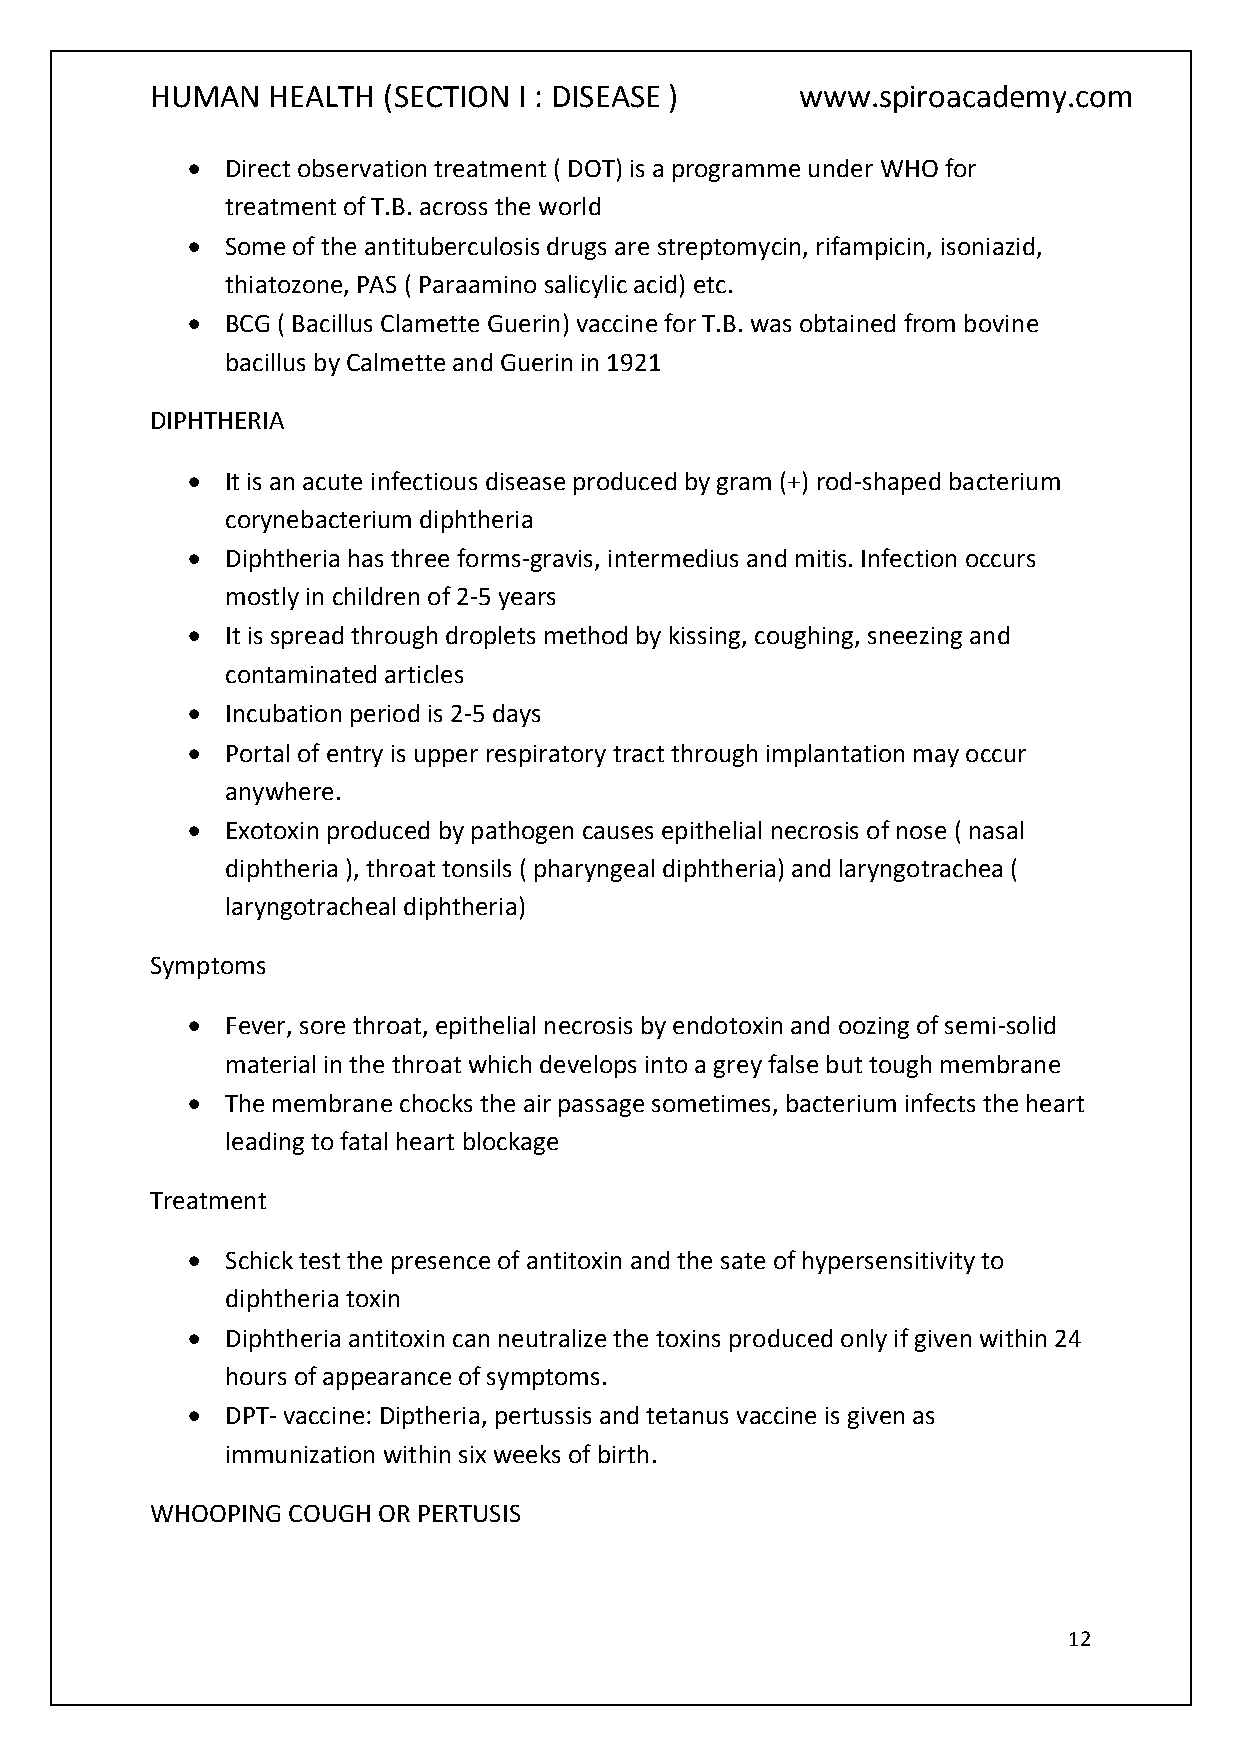
HUMAN   HEALTH (SECTION I : DISEASE )      www.spiroacademy.com
   Direct observation treatment ( DOT) is a programme under WHO for
 treatment of T.B. across the world
   Some of the antituberculosis drugs are streptomycin, rifampicin, isoniazid,
 thiatozone, PAS ( Paraamino salicylic acid) etc.
   BCG ( Bacillus Clamette Guerin) vaccine for T.B. was obtained from bovine
 bacillus by Calmette and Guerin in 1921
 DIPHTHERIA
   It is an acute infectious disease produced by gram (+) rod-shaped bacterium
 corynebacterium diphtheria
   Diphtheria has three forms-gravis, intermedius and mitis. Infection occurs
 mostly in children of 2-5 years
   It is spread through droplets method by kissing, coughing, sneezing and
 contaminated articles
   Incubation period is 2-5 days
   Portal of entry is upper respiratory tract through implantation may occur
 anywhere.
   Exotoxin produced by pathogen causes epithelial necrosis of nose ( nasal
 diphtheria ), throat tonsils ( pharyngeal diphtheria) and laryngotrachea (
 laryngotracheal diphtheria)
 Symptoms
   Fever, sore throat, epithelial necrosis by endotoxin and oozing of semi-solid
 material in the throat which develops into a grey false but tough membrane
   The membrane chocks the air passage sometimes, bacterium infects the heart
 leading to fatal heart blockage
 Treatment
   Schick test the presence of antitoxin and the sate of hypersensitivity to
 diphtheria toxin
   Diphtheria antitoxin can neutralize the toxins produced only if given within 24
 hours of appearance of symptoms.
   DPT- vaccine: Diptheria, pertussis and tetanus vaccine is given as
 immunization within six weeks of birth.
 WHOOPING COUGH OR PERTUSIS
 12